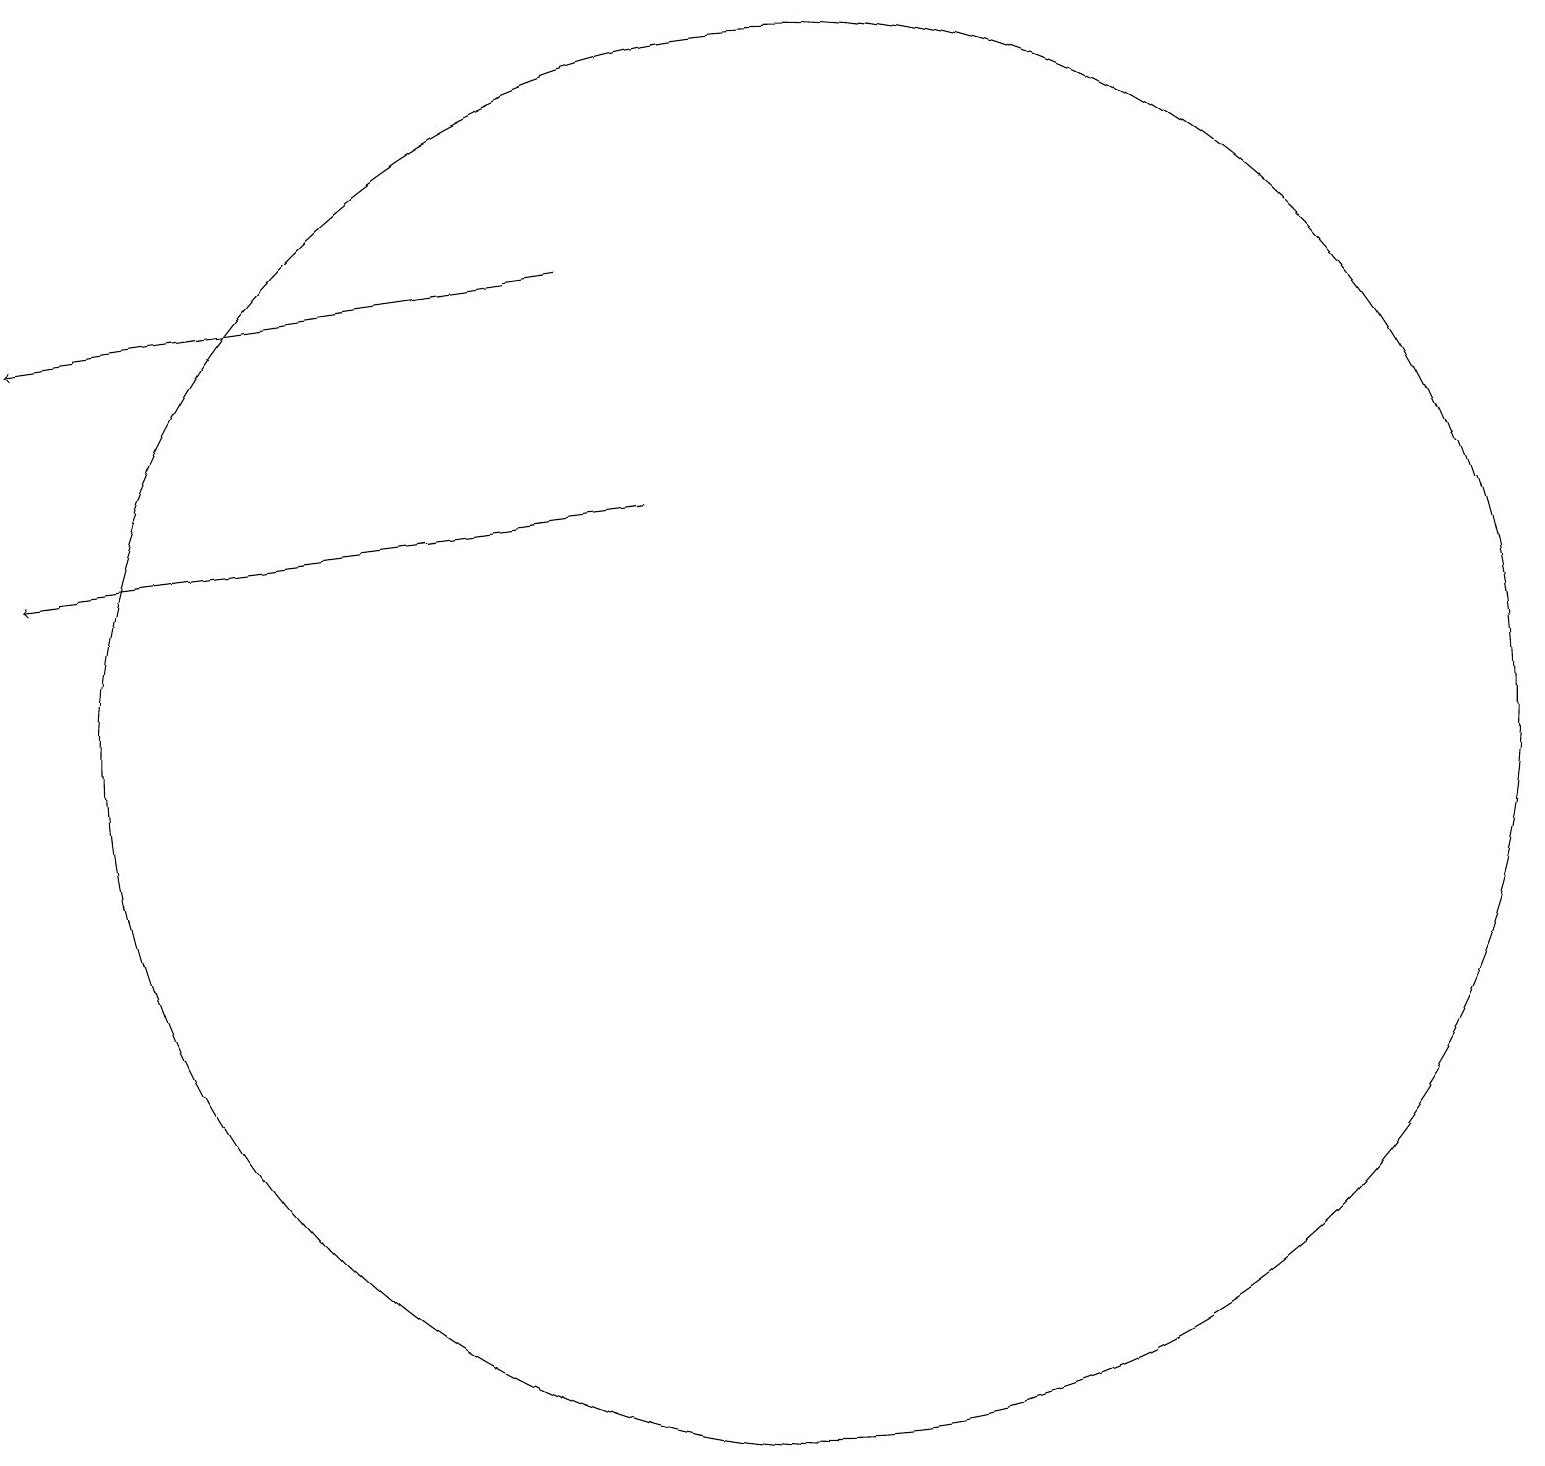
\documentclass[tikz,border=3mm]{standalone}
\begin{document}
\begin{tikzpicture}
\draw (11,10) circle (9);
\draw[->] (8,16) -- (1,15);
\draw[->] (9,13) -- (1,12);
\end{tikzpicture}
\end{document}